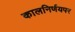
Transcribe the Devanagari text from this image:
कालनिर्णयपर